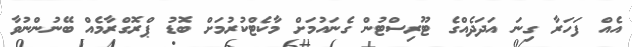
އެއް ފަހަރާ ގިނަ އަދަދެއްގެ ޓޫރިސްޓުން ގެނައުމަށް މާކެޓްކުރުމަށް ބޮޑު ޕްރޮގްރާމެއް ބޭނުންނުވާ